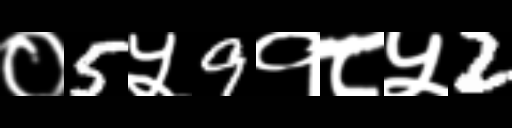
Text: ०5५9१८५2